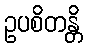
ဥပစိတန္တိ